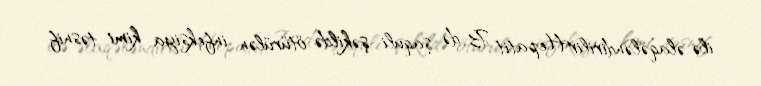
ilə əlaqələndirilirHepatit B də şaquli şəkildə ötürülən infeksiya kimi təsnif